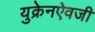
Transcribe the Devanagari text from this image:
युक्रेनऐवजी